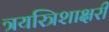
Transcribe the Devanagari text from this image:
त्रयस्त्रिशाक्षरी